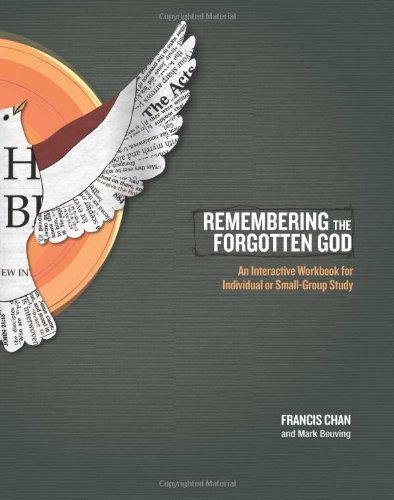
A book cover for Remembering the Forgotten God: An Interactive Workbook for Individual and Small Group Study; Francis Chan; Christian Books & Bibles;